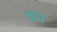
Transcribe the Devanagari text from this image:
वप